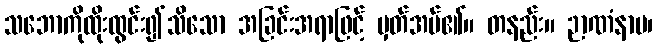
သဘောကိုထိုးထွင်း၍သိသော အခြင်းအရာဖြင့် မှတ်အပ်၏။ တနည်း။ ဉာဏံနာမ၊